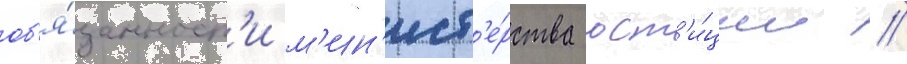
об'я́занност'и м'ин'ист'е́рства юст'и́ции //